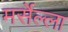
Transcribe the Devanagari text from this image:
मर्सेल्ला